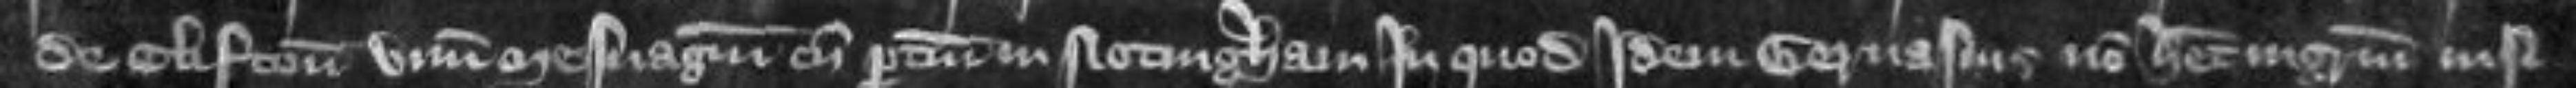
de Clifton unum mesuagium cum pertinenciis in Notingham in quod idem Gervasius non habet ingressum nisi